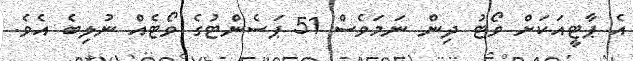
އެ ޕާޓީއަކަށް ވޯޓު ދިން ނަމަވެސް 51 ޕަސެންޓުގެ ވޯޓެއް ނުލިބެ އެވެ.